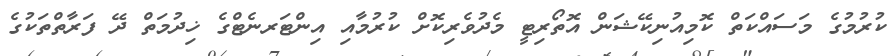
ކުރުމުގެ މަސައްކަތް ކޮމިއުނިކޭޝަން އޮތޯރިޓީ މެދުވެރިކޮށް ކުރުމާއި އިންޓަރނެޓްގެ ޚިދުމަތް ދޭ ފަރާތްތަކުގެ